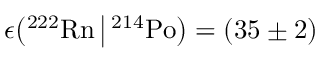
\epsilon \big ( { } ^ { 2 2 2 } \mathrm { R n } \, \big | \, { } ^ { 2 1 4 } \mathrm { P o } \big ) = ( 3 5 \pm 2 ) \